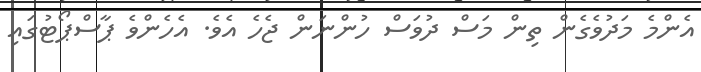
އެންމެ މަދުވެގެން ތިން މަސް ދުވަސް ހުންނަން ޖެހެ އެވެ. އެހެންވެ ޕާސްޕޯޓުގައި